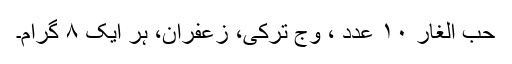
حب الغار ۱۰ عدد ، وَج ترکی، زعفران، ہر ایک ۸ گرام۔